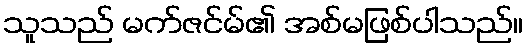
သူသည် မက်ဇင်မ်၏ အစ်မဖြစ်ပါသည်။